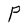
Character: P